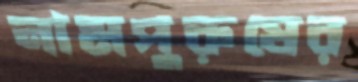
নামপুরুষের